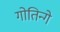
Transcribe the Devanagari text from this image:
गोतिन्गे